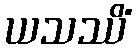
ယသဿိံ